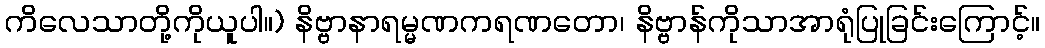
ကိလေသာတို့ကိုယူပါ။) နိဗ္ဗာနာရမ္မဏကရဏတော၊ နိဗ္ဗာန်ကိုသာအာရုံပြုခြင်းကြောင့်။